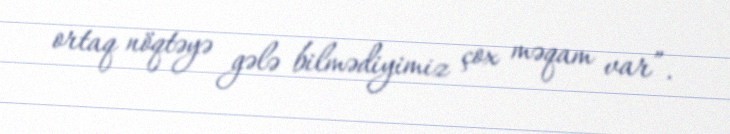
ortaq nöqtəyə gələ bilmədiyimiz çox məqam var”.